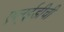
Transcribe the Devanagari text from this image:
एल्‌ईडीची